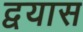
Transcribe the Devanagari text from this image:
द्वयास